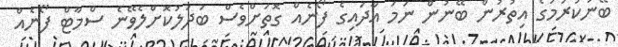
ބޭނުކުރުމުގެ އިތުރުން ބޭނުން ނަމަ އާދައިގެ ފޯނެއް ގޮތަށްވެސް ބަދަލުކޮށްލެވޭނެ ސްމާޓް ފޯނެއް